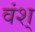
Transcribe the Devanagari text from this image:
वंश्